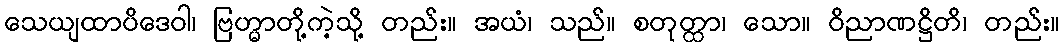
သေယျထာပိဒေဝါ၊ ဗြဟ္မာတို့ကဲ့သို့ တည်း။ အယံ၊ သည်။ စတုတ္ထာ၊ သော။ ဝိညာဏဋ္ဌိတိ၊ တည်း။